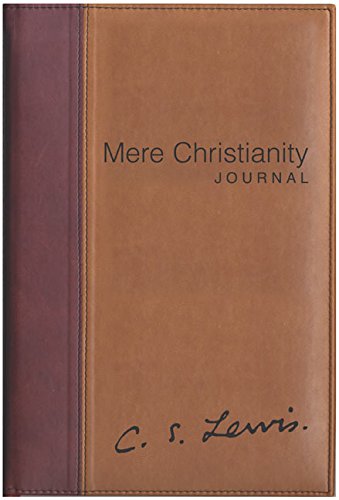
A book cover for Mere Christianity Journal; C. S. Lewis; Christian Books & Bibles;